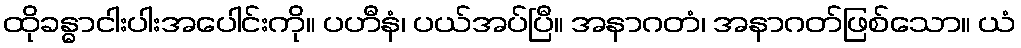
ထိုခန္ဓာငါးပါးအပေါင်းကို။ ပဟီနံ၊ ပယ်အပ်ပြီ။ အနာဂတံ၊ အနာဂတ်ဖြစ်သော။ ယံ